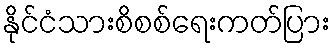
နိုင်ငံသားစိစစ်ရေးကတ်ပြား